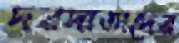
দরদাতাদের